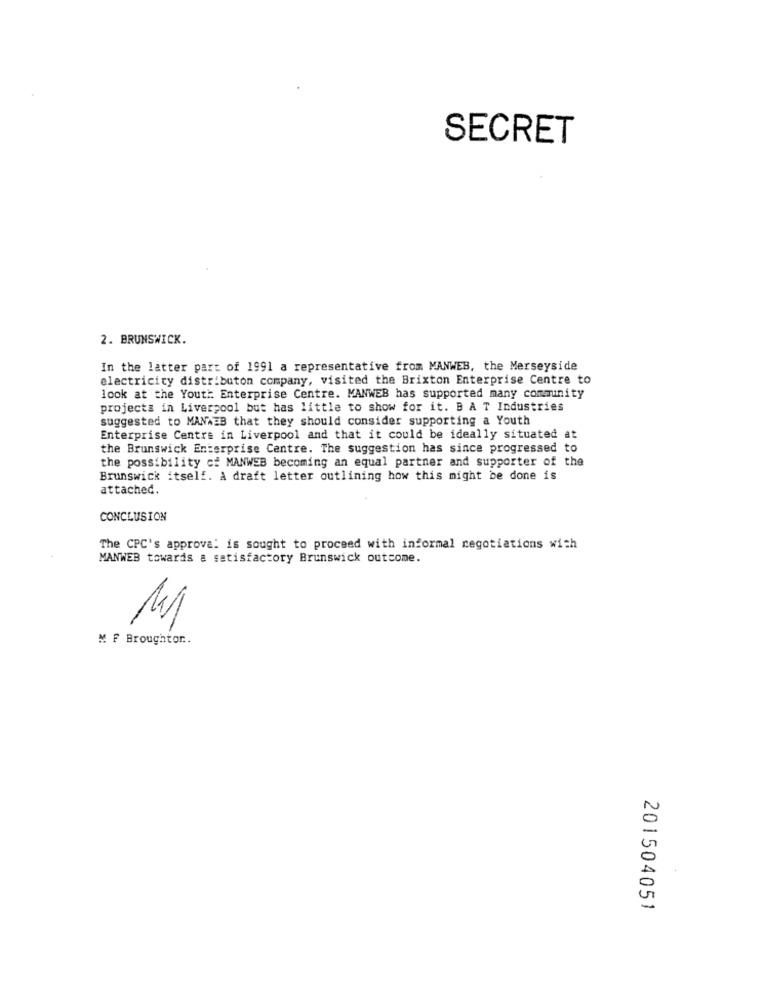
SECRET
2. BRUNSWICK.
In the latter part of 1991 a representative from MANWEB, the Merseyside
electricity distributon company, visited the Brixton Enterprise Centre to
look at the Youth: Enterprise Centre. MANWEB has supported many community
projects in Liverpool but has little to show for it. B A T Industries
suggested to MANAEB that they should consider supporting a Youth
Enterprise Centra in Liverpool and that it could be ideally situated at
the Brunswick Enterprise Centre. The suggestion has since progressed to
the possibility of MANWEB becoming an equal partner and supporter of the
Brunswick itself. A draft letter outlining how this might be done is
attached.
CONCLUSION
The CPC's approva: is sought to proceed with informal negotiations with
MANWEB towards a satisfactory Brunswick outcome.
MF Broughtor ..
201504051